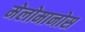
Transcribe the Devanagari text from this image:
मेलोमानोस